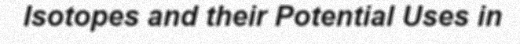
Isotopes and their Potential Uses in